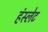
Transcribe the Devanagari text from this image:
हंस्लेट